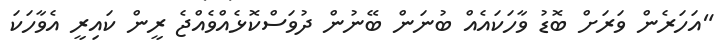
"އަހަރެން ވަރަށް ބޮޑު ވާހަކައެއް ބުނަން ބޭނުން ދުވަސްކޮޅެއްވެއްޖެ ރީން ކައިރީ އެވާހަކަ